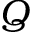
Q